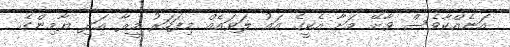
އަނެއްކާވެސް ވާށޭ މަށާ އެކީގެ އައު ލަވައެއް މިފަހަރު މީރާ އަދި ޔާމިންގެ